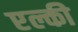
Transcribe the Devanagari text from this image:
एल्की